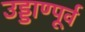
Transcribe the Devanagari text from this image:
उड्डाण्पूर्व